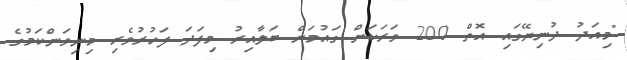
"މިއަދު ދުނިޔޭގައި އޮތް 200 ވަރަކަށް ގައުމަށް ބަލާއިރު މިފަދަ ފަހުރުވެރި މިނިވަންކަމުގެ